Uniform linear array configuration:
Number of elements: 4
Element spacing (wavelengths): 0.75
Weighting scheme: hamming
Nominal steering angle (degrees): -30
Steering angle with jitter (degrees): -29.876
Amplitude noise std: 0.05
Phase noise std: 0.05

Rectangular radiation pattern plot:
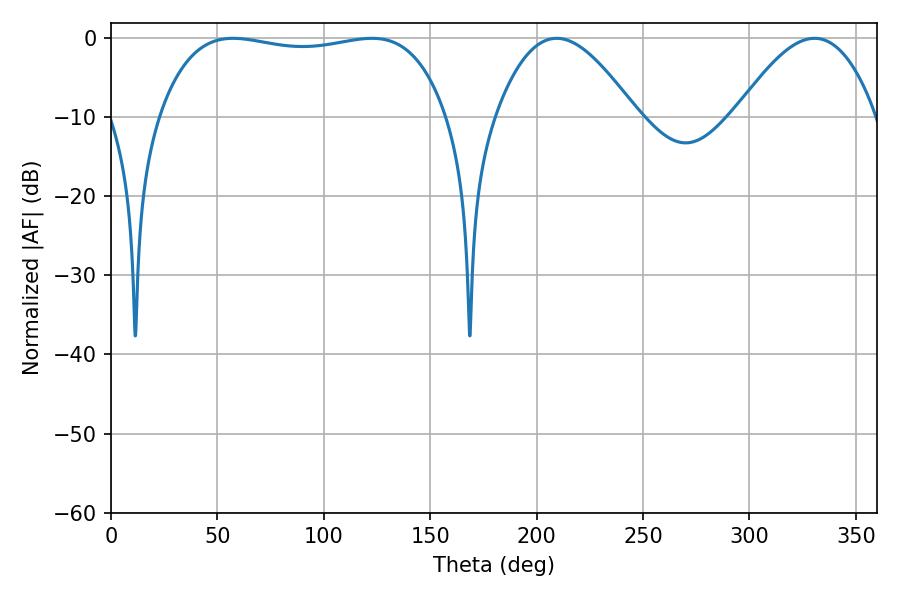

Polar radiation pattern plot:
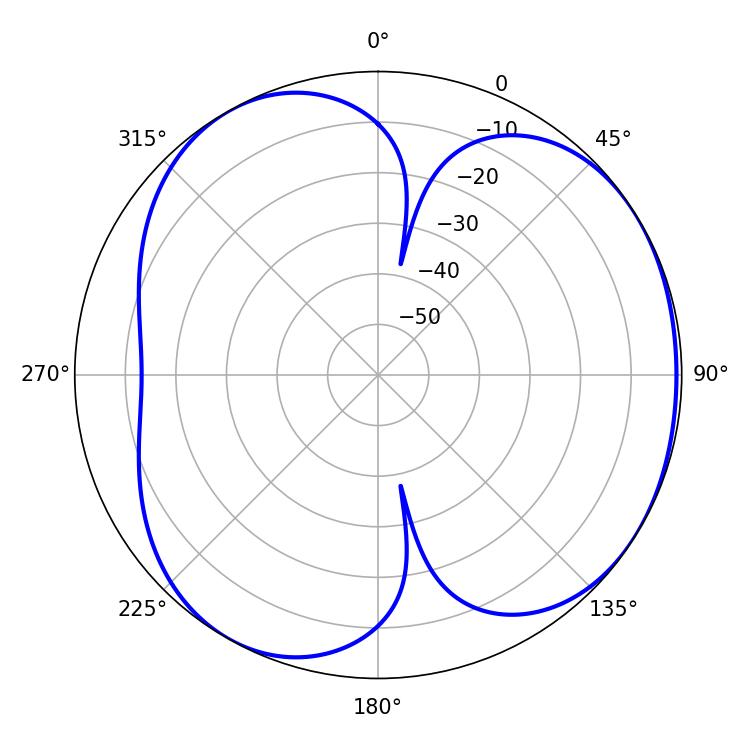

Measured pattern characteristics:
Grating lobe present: TRUE
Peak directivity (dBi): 4.248
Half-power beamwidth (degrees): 108.72
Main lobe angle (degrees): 57.42